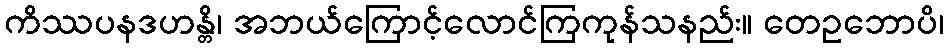
ကိဿပနဒဟန္တိ၊ အဘယ်ကြောင့်လောင်ကြကုန်သနည်း။ တေဥဘောပိ၊